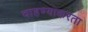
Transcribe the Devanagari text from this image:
वाहण्याकरता